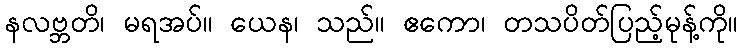
နလဗ္ဘတိ၊ မရအပ်။ ယေန၊ သည်။ ဧကော၊ တသပိတ်ပြည့်မုန့်ကို။